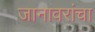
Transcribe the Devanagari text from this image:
जानावरांचा